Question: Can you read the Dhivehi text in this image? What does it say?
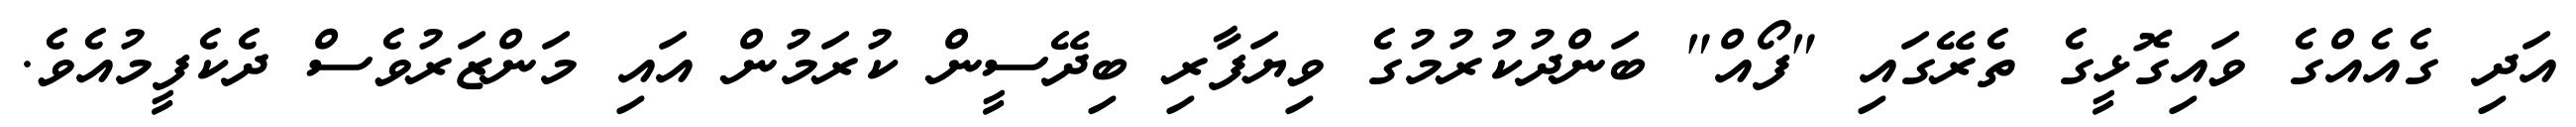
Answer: އަދި ގެއެއްގެ ވައިގޮޅީގެ ތެރޭގައި "ފޯއް" ބަންދުކުރުމުގެ ވިޔަފާރި ބިދޭސީން ކުރަމުން އައި މަންޒަރުވެސް ދެކެފީމުއެވެ.